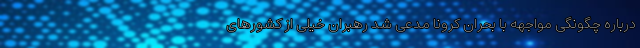
درباره چگونگی مواجهه با بحران کرونا مدعی شد رهبران خیلی از کشورهای